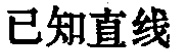
已知直线